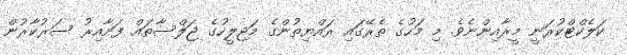
ކަލެކްޓްކުރަނީ މީރާއިންނެވެ. މި މަހުގެ ތެރޭގައި ރައްޔިތުންގެ މަޖިލީހުގެ ޖަލްސާތައް ފަށާއިރު ސަރުކާރުން